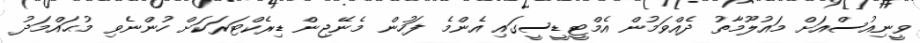
ވީނިއުސްއަށް މައުލޫމާތު ދެއްވަމުން އެމްޓީޑީސީގައި އެންމެ ފަހުން މެނޭޖިން ޑިރެކްޓަރަކަށް ހުންނެވި މުޙައްމަދު